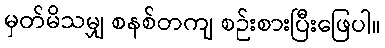
မှတ်မိသမျှ စနစ်တကျ စဉ်းစားပြီးဖြေပါ။